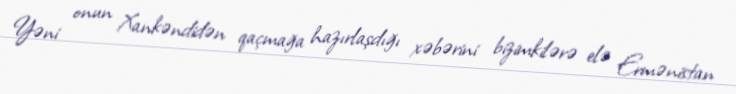
Yəni onun Xankəndidən qaçmağa hazırlaşdığı xəbərini bizimkilərə elə Ermənistan